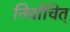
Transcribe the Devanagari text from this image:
निर्वाचित्